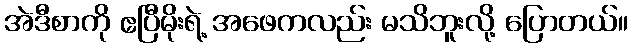
အဲဒီစာကို ဧပြီမိုးရဲ့ အဖေကလည်း မသိဘူးလို့ ပြောတယ်။